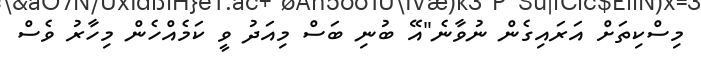
މިސްކިތަށް އަރައިގެން ނުވާނެ"އޭ ބުނި ބަސް މިއަދު ވީ ކަމެއްހެން މިހާރު ވެސް